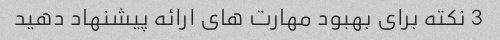
3 نکته برای بهبود مهارت های ارائه پیشنهاد دهید